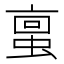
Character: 𫢀